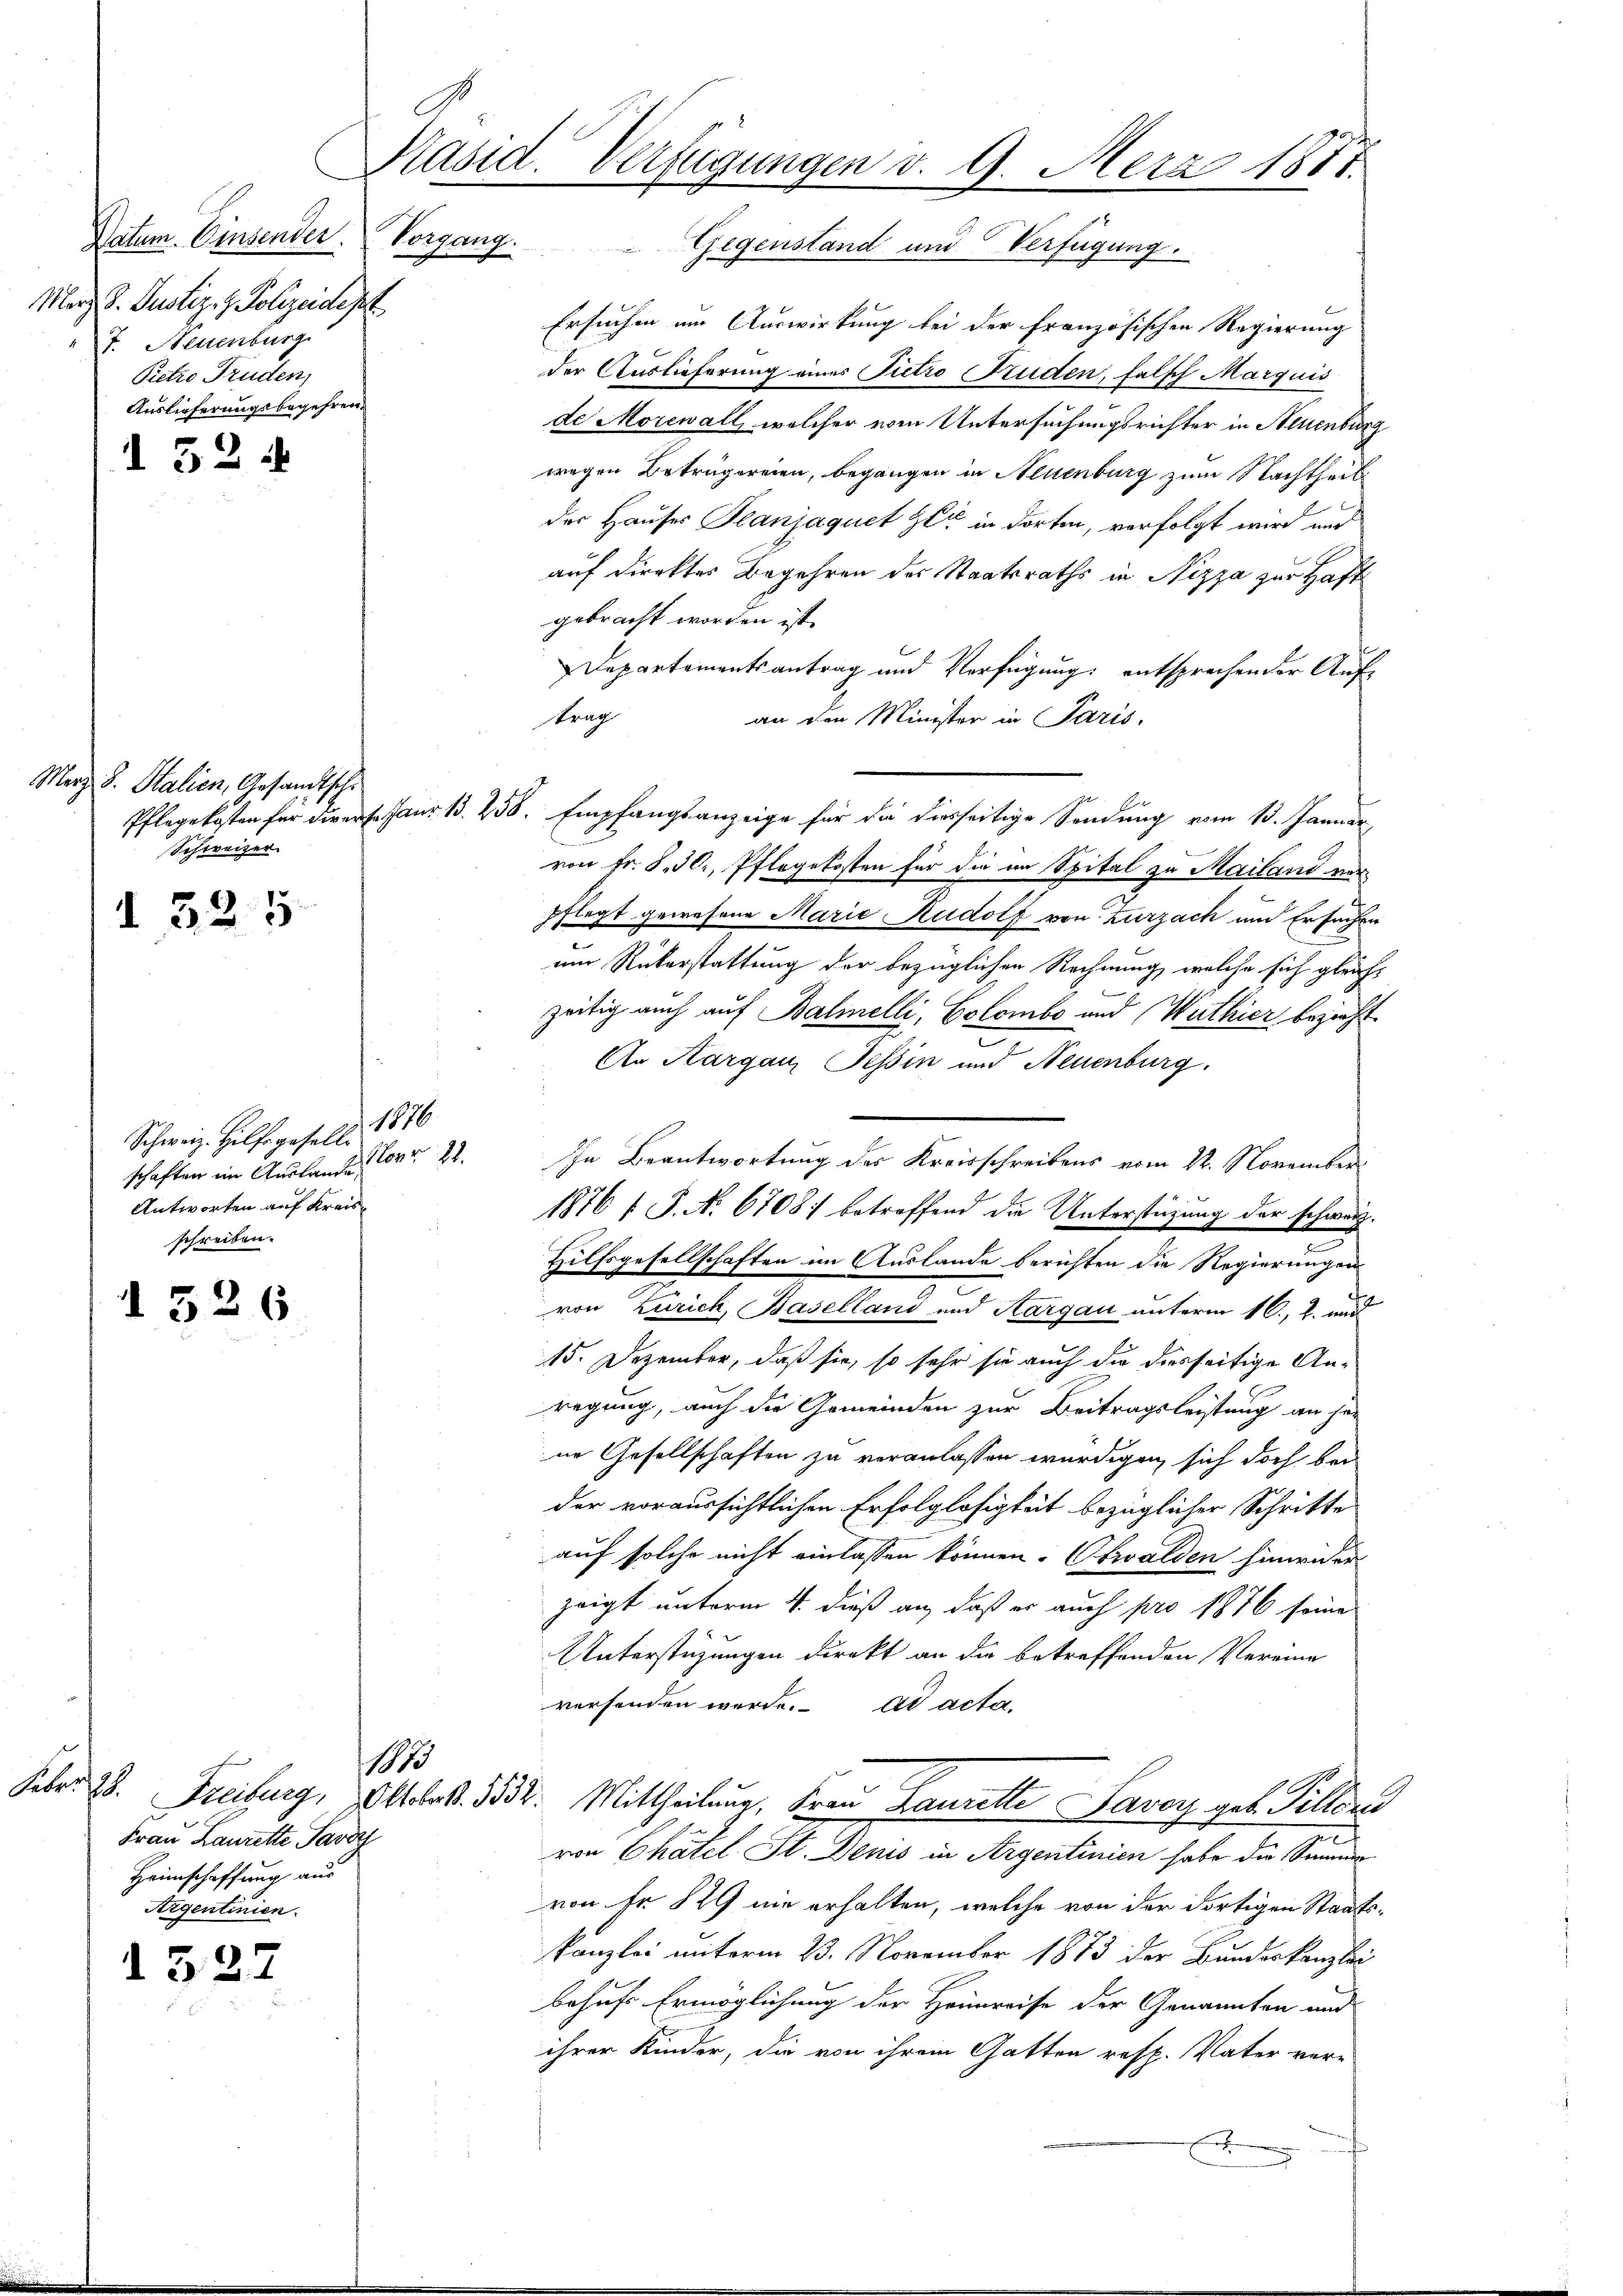
Datum. Einsender. Vorgang.
Merz d. Justiz- & Polizeidept
7. Neuenburg.
Pietro Truden,
Auslieferungsbegehren.

I 524

Merz d. Stalien, Gesandtsche
Schweizer

325

Schweiz. Hilfsgeselle 1876
schaften im Auslande
Antworten auf Kreisschreiben.

526

d 327

Novr 22.

Febr. 28.
Frau Laurette Pavoy
Heimschaffung aus
Argentinien.

1873

Käsid.
Verfügungen v. 9. Merz 1877.
Gegenstand und Verfügung.

Ersuchen im Auswirkung bei der französischen Regierung
der Auslieferung eines Pietro Bruden, falsch Marquis
de Morewall, welcher vom Untersuchungsrichter in Neuenburg
wegen Betrügereien, begangen in Neuenburg zum Nachtheit
der Hauses Teanjaquet Zeit in dorten, verfolgt wird und
auf direktes Begehren des Staatsraths in Nizza zur Haft
gebracht worden ist.
Departementsantrag und Verfügung: entsprechen der Auftrag
an den Minister in Paris,
Pflegekosten für die erschaus 13. 238. Empfangsanzeige für die diesseitige Sendung vom 13. Januar,
von Fr. S. 30, Pflegekosten für die im Spital zu Mailand verpflegt gewesene Marie Rudolf von Zurzach und Ersuchen
um Rükerstattung der bezüglichen Rechnung, welche sich gleich-
zeitig auch auf Balmelli, Colombe und Wuthier bezieht
An Aargau, Tessin und Neuenburg.
In Beantwortung des Kreisschreibens vom 22. November¬
1876 f. P. Nr. 67081 betreffend die Unterstüzung der schweiz.
Hilfsgesellschaften im Auslande berichten die Regierungen
c
von Zürich, Baselland und Aargau unterm 16. f. und
15. Dezember, daß sie, so sehr sie auch die diesseitige Anregung, auch die Gemeinden zur Beitragsleistung an her
ne Gesellschaften zu veranlassen würdigen sich doch bei
der voraussichtlichen Erfolglosigkeit bezüglicher Schritte
auf solche nicht einlassen können. Obwalden hinwiderzeigt unterm 4. dieß an, daß er auch pro 1876 seine
Unterstüzungen direkt an die betreffenden Vereine
vorhanden werde. ad acta.
Freiburg, Mlle. 1832. Mittheilung, Frau Laurette Savoy geb. Pillens
t
von Chatel St. Denis in Argentinien habe die Sammung
von Fr. 829 nie erhalten, welche von der dortigen Staats-
kanzlei unterm 23. November 1873 der Bundeskanzlei
behufs Ermöglichung der Heimreise der Genannten und
ihrer Kinder, die von ihrem Gatten resp. Vater ver-